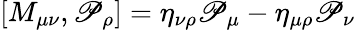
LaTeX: [M_{\mu\nu},\mathscr{P}_{\rho}]=\eta_{\nu\rho}\mathscr{P}_{\mu}-\eta_{\mu\rho}\mathscr{P}_{\nu}